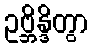
ဥဗ္ဘိန္ဒိတွာ